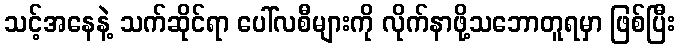
သင့်အနေနဲ့ သက်ဆိုင်ရာ ပေါ်လစီများကို လိုက်နာဖို့သဘောတူရမှာ ဖြစ်ပြီး